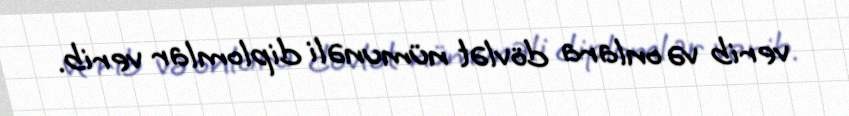
verib və onlara dövlət nümunəli diplomlar verib.